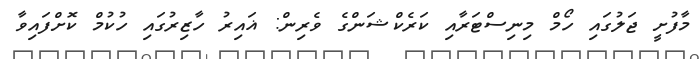
މާފުށީ ޖަލުގައި ހޯމް މިނިސްޓަރާއި ކަރެކްޝަންގެ ވެރިން: ޣައިރު ހާޒިރުގައި ހުކުމް ކޮށްފައިވާ